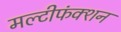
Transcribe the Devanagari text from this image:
मल्टीफंक्शन